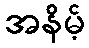
အနိမ့်